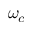
\omega _ { c }